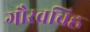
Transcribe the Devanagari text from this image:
गौरवचिह्र